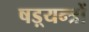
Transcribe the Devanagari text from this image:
षड़्यन्त्रों